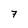
Character: 7